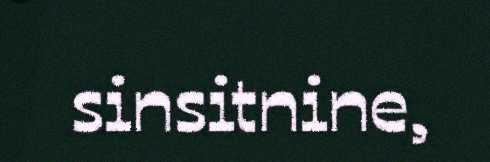
sinsitnine,